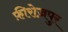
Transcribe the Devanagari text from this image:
फ़ीरोज़पुर